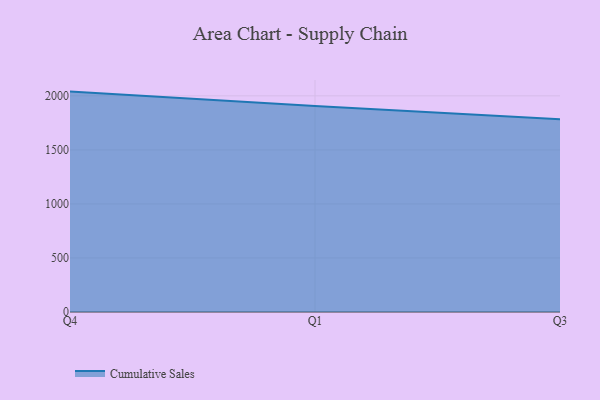
{"axis": {"x": "Quarter", "y": "Backlog"}, "legend": ["Cumulative Sales"], "data": [{"x": "Q4", "y": 2039.7, "type": "Cumulative Sales"}, {"x": "Q1", "y": 1907.5, "type": "Cumulative Sales"}, {"x": "Q3", "y": 1783.8, "type": "Cumulative Sales"}]}